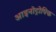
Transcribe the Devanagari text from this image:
आइनोट्रोपिक